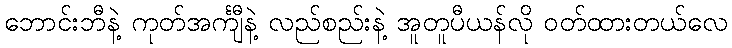
ဘောင်းဘီနဲ့ ကုတ်အင်္ကျီနဲ့ လည်စည်းနဲ့ အူတူပီယန်လို ဝတ်ထားတယ်လေ